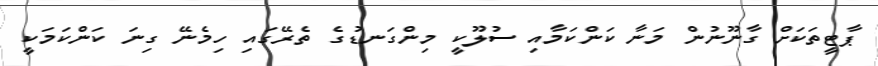
ޕާޓީތަކަށް ގާނޫނުން މަނާ ކަންކަމާއި ސުލޫކީ މިންގަނޑުގެ ތެރޭގައި ހިމެނޭ ގިނަ ކަންކަމަކީ